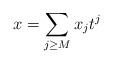
LaTeX: \begin{align*}x = \sum_{j \geq M} x_j t^j \end{align*}